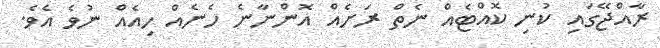
ރާއްޖޭގައި ކުނި ކޮއްޓެއް ނެތް ރަށެއް އޮންނާނެ ހެނެއް ހިއެއް ނުވެ އެވެ.